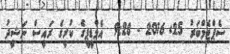
ސެޕްޓެމްބަރު 25